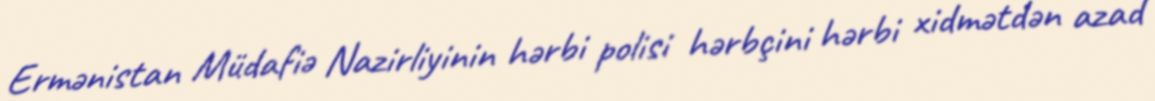
Ermənistan Müdafiə Nazirliyinin hərbi polisi hərbçini hərbi xidmətdən azad